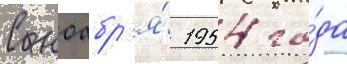
С ноабр'я́ 1954 го́да